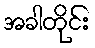
အခါတိုင်း